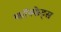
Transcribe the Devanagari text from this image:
फॉस्फेट्स